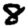
Digit: 8